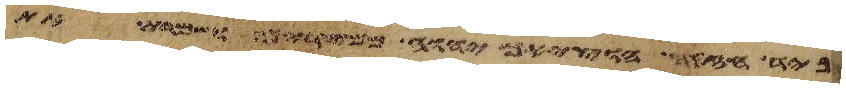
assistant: ביד חזקה הוציאך יהוה ממצרים ושמרת את